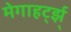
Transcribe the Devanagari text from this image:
मेगाहर्ट्झ्